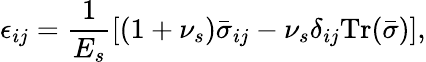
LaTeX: \epsilon_{ij}=\frac{1}{E_{s}}\left[(1+\nu_{s})\bar{\sigma}_{ij}-\nu_{s}\delta_{ij}\mathrm{Tr}(\bar{\sigma})\right],